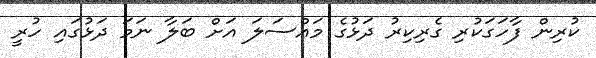
ކުރިން ފާހަގަކުރި ގެރިކިރު ދަޅުގެ މައްސަލަ އަށް ބަލާ ނަމަ ދަޅުގައި ހުރީ